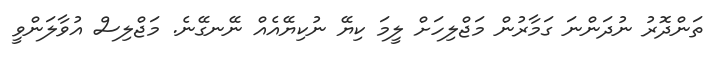
ތަންދޮރު ނުދަންނަ ގަމާރުން މަޖްލިހަށް ލީމަ ކިޔޭ ނުކިޔޭއެއް ނޭނގޭނެ. މަޖްލިސް އުވާލަންވީ